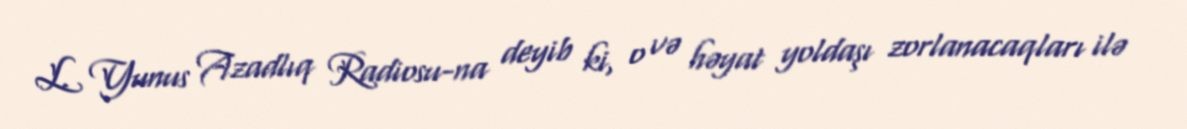
L. Yunus Azadlıq Radiosu-na deyib ki, o və həyat yoldaşı zorlanacaqları ilə